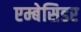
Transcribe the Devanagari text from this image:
एम्बेसिडर